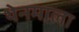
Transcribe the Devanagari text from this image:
थेनमाला